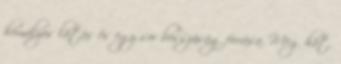
homályos látás és egy sor bosszúság forrása. Meg hát,